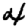
Digit: 4